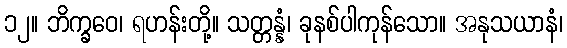
၁၂။ ဘိက္ခဝေ၊ ရဟန်းတို့။ သတ္တန္နံ၊ ခုနစ်ပါကုန်သော။ အနုသယာနံ၊